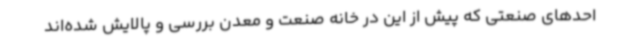
احدهای صنعتی که پیش از این در خانه صنعت و معدن بررسی و پالایش شده‌اند